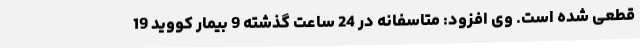
قطعی شده است. وی افزود: متاسفانه در 24 ساعت گذشته 9 بیمار کووید 19